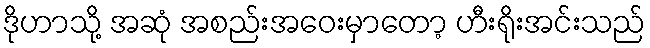
ဒိုဟာသို့ အဆုံ အစည်းအဝေးမှာတော့ ဟီးရိုးအင်းသည်